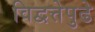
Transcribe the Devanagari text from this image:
विद्वत्तेपुढे